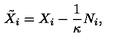
\tilde { X } _ { i } = X _ { i } - \frac 1 \kappa N _ { i } ,